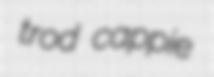
trod cappie